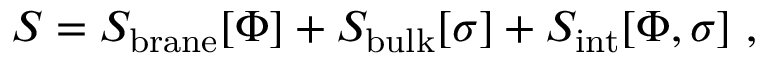
S = S _ { \mathrm { { \small b r a n e } } } [ \Phi ] + S _ { \mathrm { \small b u l k } } [ \sigma ] + S _ { \mathrm { { \small i n t } } } [ \Phi , \sigma ] ~ ,